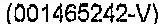
(001465242-V)